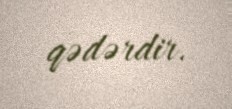
qədərdir.